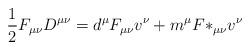
LaTeX: \begin{align*}{1\over 2} F_{\mu\nu}D^{\mu\nu}=d^\mu F_{\mu\nu} v^\nu +m^\mu {F*}_{\mu\nu}v^\nu\end{align*}